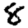
Digit: 8